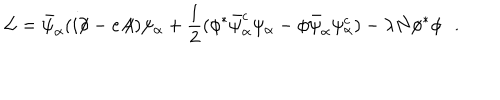
{ \cal L } = \bar { \psi } _ { \alpha } ( i \partial \! \! \! / - e A \! \! \! / ) \psi _ { \alpha } + \frac { 1 } { 2 } ( \phi ^ { * } \bar { \psi } _ { \alpha } ^ { c } \psi _ { \alpha } - \phi \bar { \psi } _ { \alpha } \psi _ { \alpha } ^ { c } ) - \lambda N \phi ^ { * } \phi \, \, \, \, .